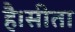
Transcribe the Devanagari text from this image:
है।सीता